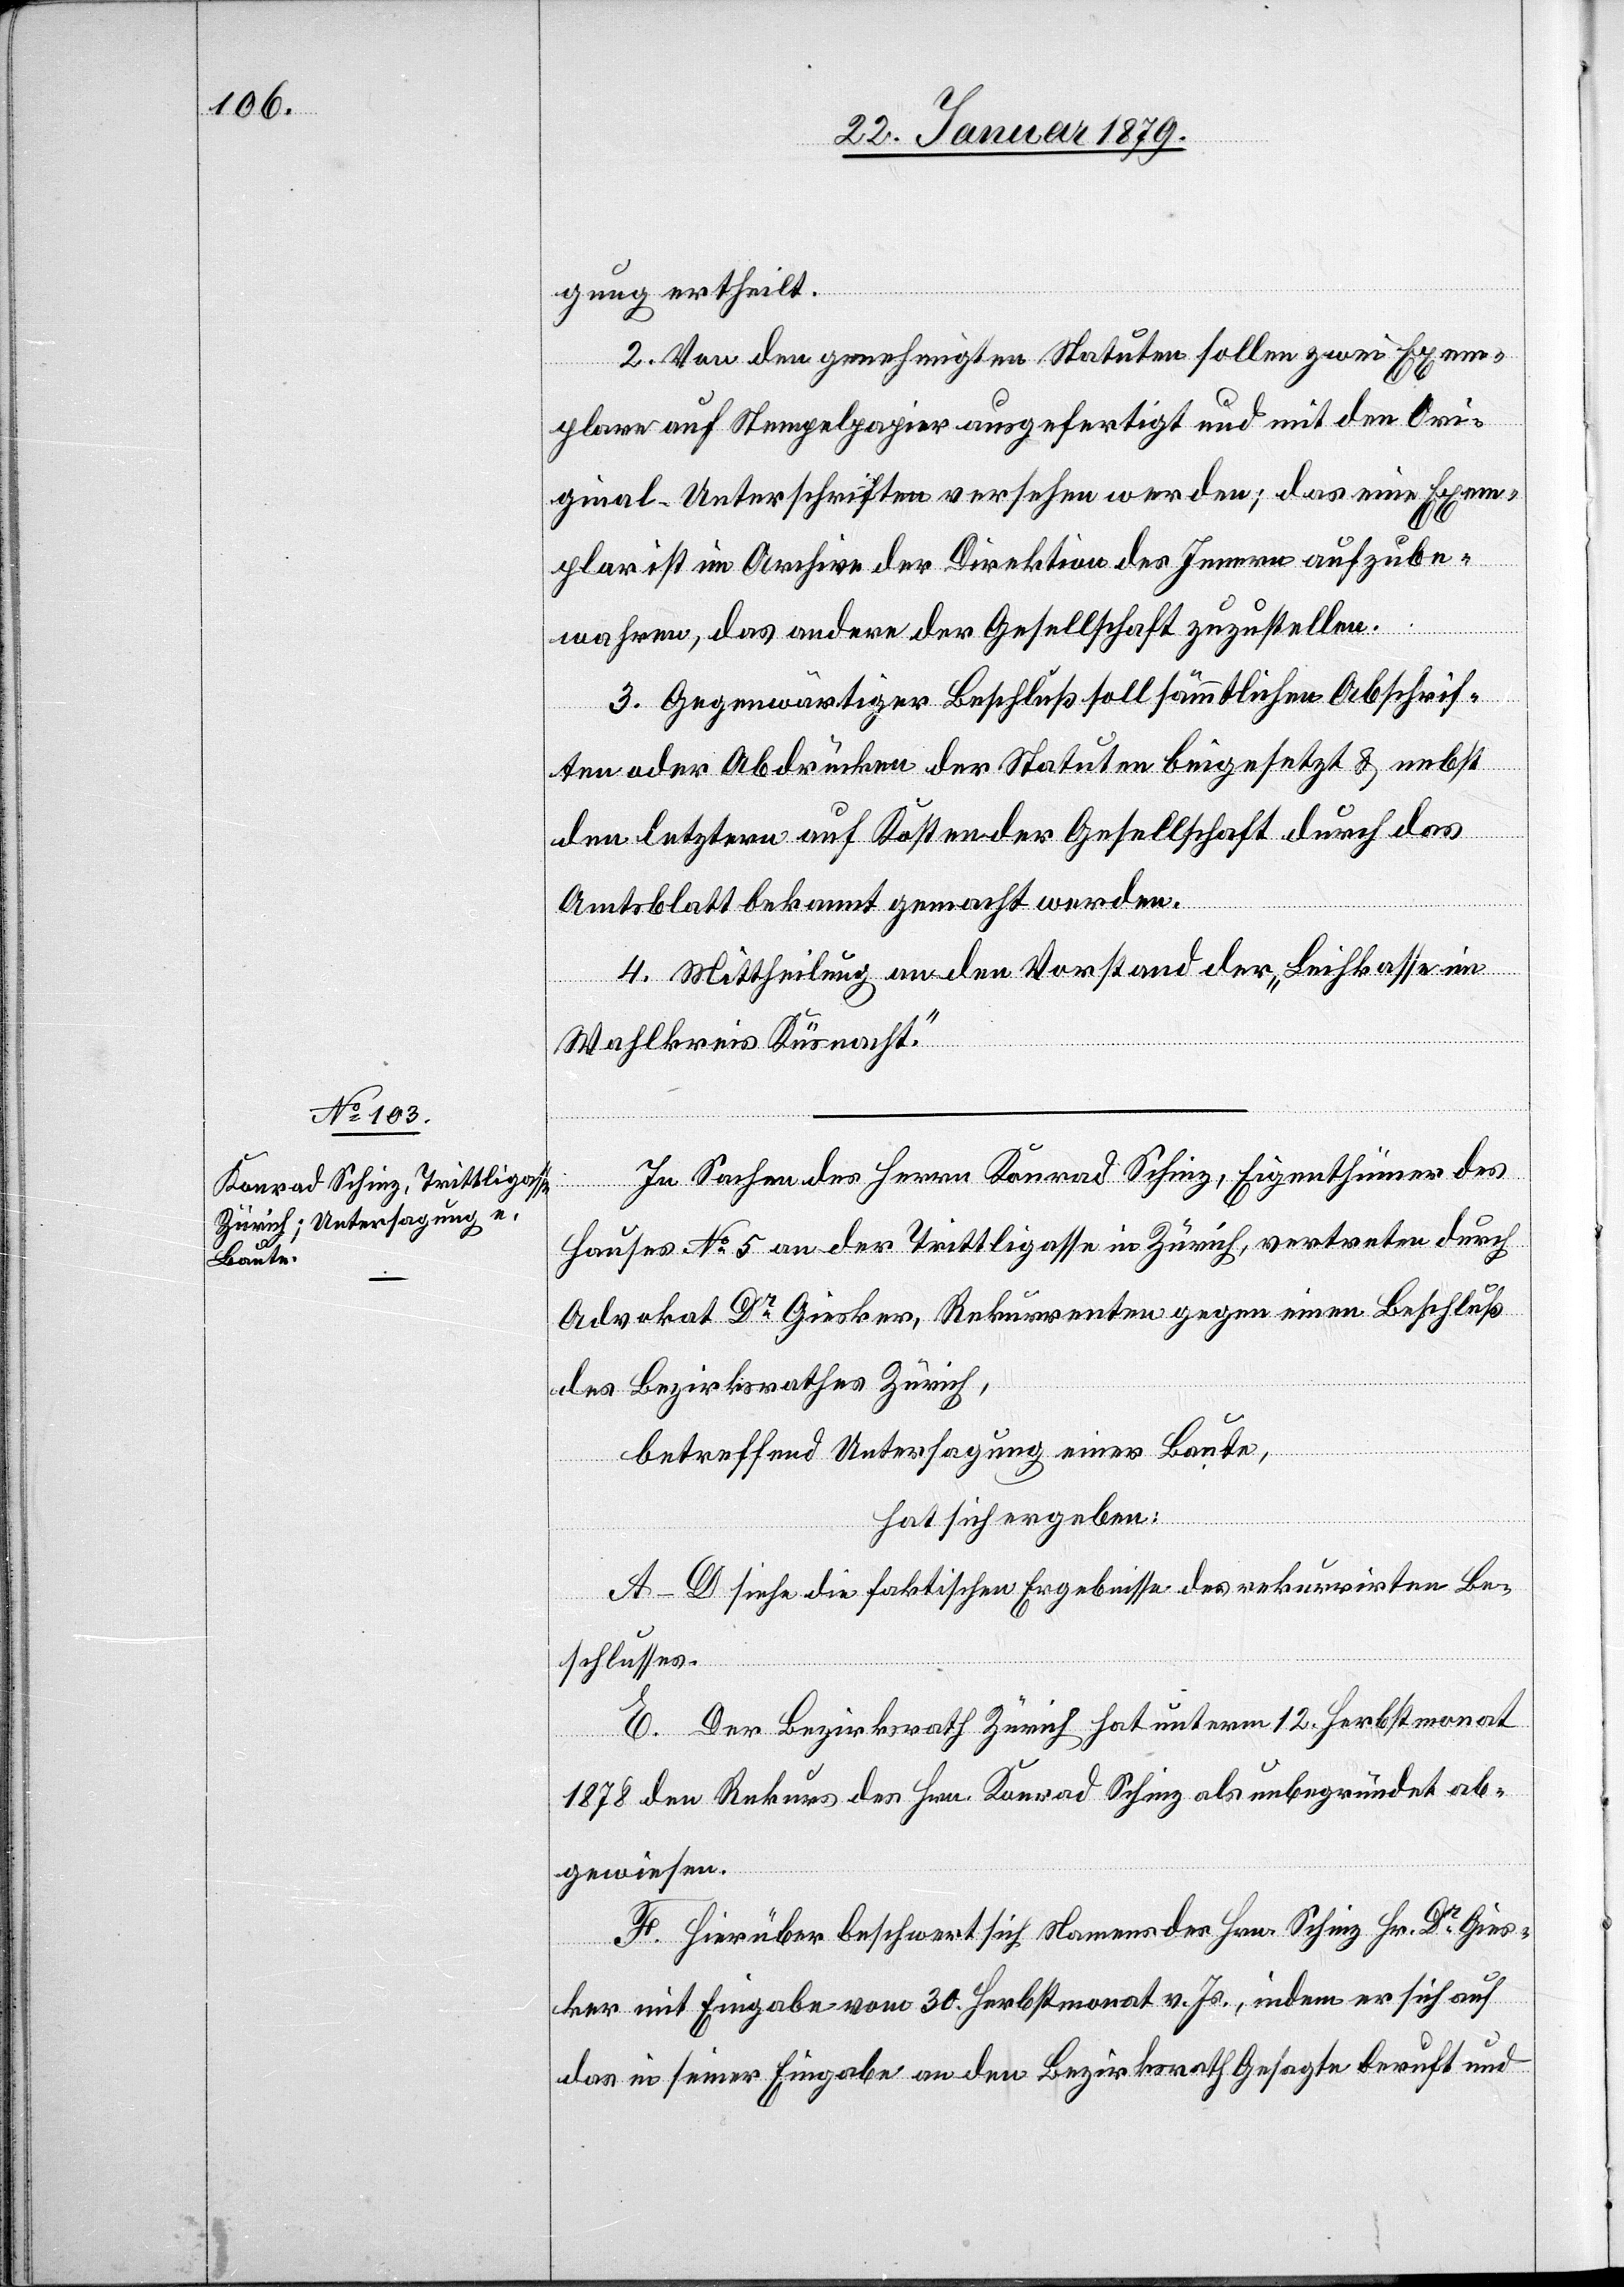
gung ertheilt.
2. Von den genehmigten Statuten sollen zwei Exem¬
plare auf Stempelpapier ausgefertigt und mit den Ori¬
ginal-Unterschriften versehen werden; das eine Exem¬
plar ist im Archive der Direktion des Innern aufzube¬
wahren, das andere der Gesellschaft zuzustellen.
3. Gegenwärtiger Beschluß soll sämmtlichen Abschrif¬
ten oder Abdrücken der Statuten beigesetzt & nebst
den letztern auf Kosten der Gesellschaft durch das
Amtsblatt bekannt gemacht werden.
4. Mittheilung an den Vorstand der „Leihkasse im
Wahlkreis Küsnacht“.
In Sachen des Herrn Konrad Schinz, Eigenthümer des
Hauses No 5 an der Trittligasse in Zürich, vertreten durch
Advokat Dr Giesker, Rekurrenten gegen einen Beschluß
des Bezirksrathes Zürich,
betreffend Untersagung einer Baute,
hat sich ergeben:
A–D siehe die faktischen Ergebnisse des rekurrirten Be¬
schlusses.
E. Der Bezirksrath Zürich hat unterm 12. Herbstmonat
1878 den Rekurs des Hrn. Konrad Schinz als unbegründet ab¬
gewiesen.
F. Hierüber beschwert sich Namens des Hrn. Schinz Hr. Dr Gies¬
ker mit Eingabe vom 30. Herbstmonat v. Js., indem er sich auf
das in seiner Eingabe an den Bezirksrath Gesagte beruft und